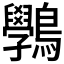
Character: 𪈔